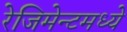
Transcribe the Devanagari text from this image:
रेजिमेन्टमध्ये